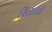
સિરાઇકી